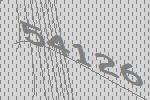
54126